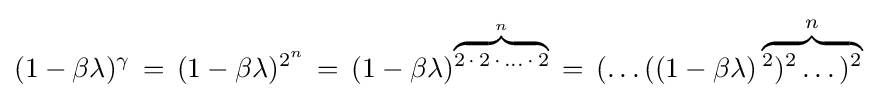
(1-\beta \lambda )^{\gamma }\,=\,(1-\beta \lambda )^{2^{n}}\,=\,(1-\beta \lambda )^{\overbrace {\scriptstyle 2\,\cdot \,2\,\cdot \,\dots \,\cdot \,2} ^{n}}\,=\,(\dots ((1-\beta \lambda )\overbrace {^{2})^{2}\dots )^{2}} ^{n}